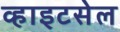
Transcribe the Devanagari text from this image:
व्हाइटसेल